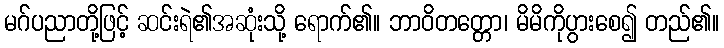
မဂ်ပညာတို့ဖြင့် ဆင်းရဲ၏အဆုံးသို့ ရောက်၏။ ဘာဝိတတ္တော၊ မိမိကိုပွားစေ၍ တည်၏။